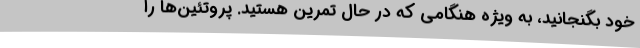
خود بگنجانید، به ویژه هنگامی که در حال تمرین هستید. پروتئین‌ها را